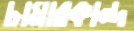
চামারকান্দ